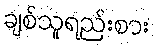
ချစ်သူရည်းစား